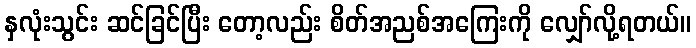
နှလုံးသွင်း ဆင်ခြင်ပြီး တော့လည်း စိတ်အညစ်အကြေးကို လျှော်လို့ရတယ်။